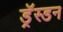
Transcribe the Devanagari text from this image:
ड्रॅस्डन